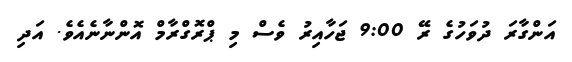
އަންގާރަ ދުވަހުގެ ރޭ 9:00 ޖަހާއިރު ވެސް މި ޕްރޮގްރާމް އޮންނާނެއެވެ. އަދި